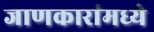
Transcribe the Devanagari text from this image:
जाणकारांमध्ये